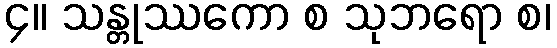
၄။ သန္တုဿကော စ သုဘရော စ၊